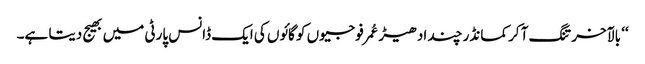
‘‘ بالآخر تنگ آ کر کمانڈر چند ادھیڑ عُمرفوجیوں کو گائوں کی ایک ڈانس پارٹی میں بھیج دیتا ہے۔